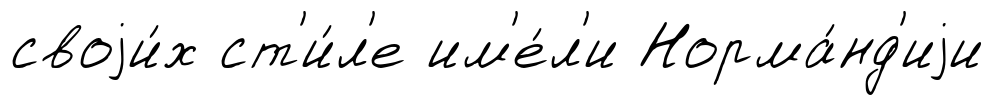
своjи́х ст'и́л'е им'е́л'и Норма́нд'иjи